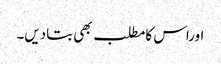
اوراس کامطلب بھی بتادیں۔